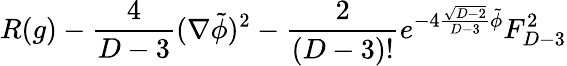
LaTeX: R(g)-{\frac{4}{D-3}}(\nabla\tilde{\phi})^{2}-{\frac{2}{(D-3)!}}e^{-4{\frac{\sqrt{D-2}}{D-3}}\tilde{\phi}}F_{D-3}^{2}